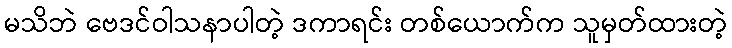
မသိဘဲ ဗေဒင်ဝါသနာပါတဲ့ ဒကာရင်း တစ်ယောက်က သူမှတ်ထားတဲ့